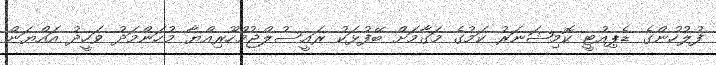
ފުލުހުންގެ ޑެޕިއުޓީ ކޮމިޝަނަރު ކަމުގެ މަގާމަށް ބޭފުޅަކު ރައީސުލްޖުމްހޫރިއްޔާ މުހަންމަދު ވަހީދު އައްޔަން